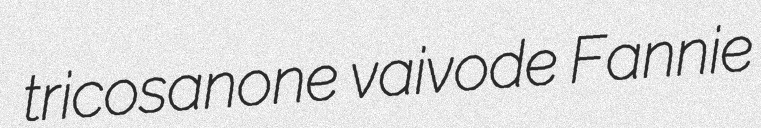
tricosanone vaivode Fannie